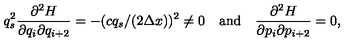
q _ { s } ^ { 2 } { \frac { \partial ^ { 2 } H } { \partial q _ { i } \partial q _ { i + 2 } } } = - ( c q _ { s } / ( 2 \Delta x ) ) ^ { 2 } \neq 0 \quad \mathrm { a n d } \quad { \frac { \partial ^ { 2 } H } { \partial p _ { i } \partial p _ { i + 2 } } } = 0 ,